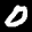
Label: 0